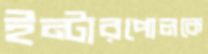
ইন্টারপোলকে